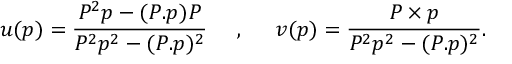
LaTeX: u ( p ) = \frac { P ^ { 2 } p - ( P . p ) P } { P ^ { 2 } p ^ { 2 } - ( P . p ) ^ { 2 } } \; \; \; \; \; , \; \; \; \; \; v ( p ) = \frac { P \times p } { P ^ { 2 } p ^ { 2 } - ( P . p ) ^ { 2 } } .